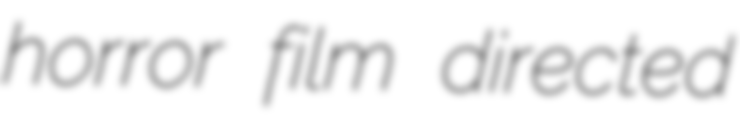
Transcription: horror film directed